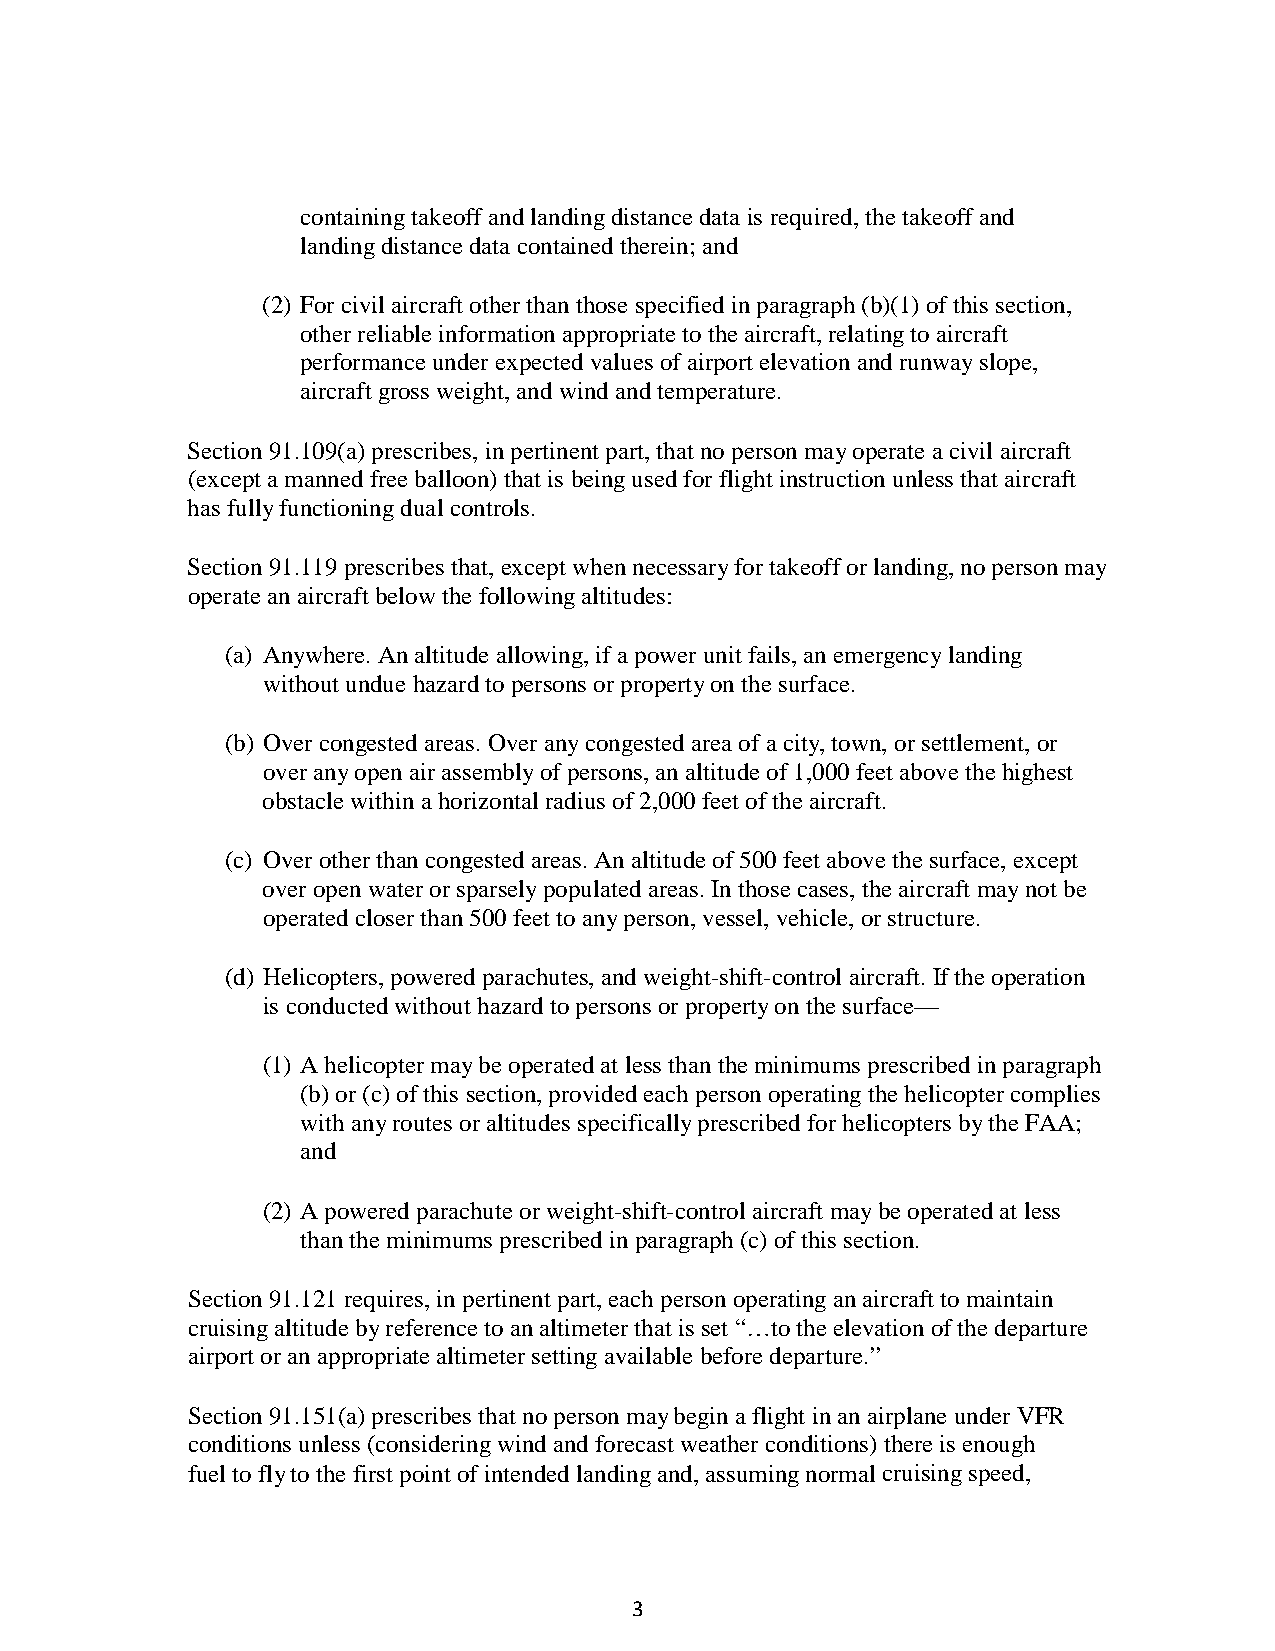
containing takeoff and landing distance data is required, the takeoff and
 landing distance data contained therein; and
 (2) For civil aircraft other than those specified in paragraph (b)(1) of this section,
 other reliable information appropriate to the aircraft, relating to aircraft
 performance under expected values of airport elevation and runway slope,
 aircraft gross weight, and wind and temperature.
 Section 91.109(a) prescribes, in pertinent part, that no person may operate a civil aircraft
 (except a manned free balloon) that is being used for flight instruction unless that aircraft
 has fully functioning dual controls.
 Section 91.119 prescribes that, except when necessary for takeoff or landing, no person may
 operate an aircraft below the following altitudes:
 (a) Anywhere. An altitude allowing, if a power unit fails, an emergency landing
 without undue hazard to persons or property on the surface.
 (b) Over congested areas. Over any congested area of a city, town, or settlement, or
 over any open air assembly of persons, an altitude of 1,000 feet above the highest
 obstacle within a horizontal radius of 2,000 feet of the aircraft.
 (c) Over other than congested areas. An altitude of 500 feet above the surface, except
 over open water or sparsely populated areas. In those cases, the aircraft may not be
 operated closer than 500 feet to any person, vessel, vehicle, or structure.
 (d) Helicopters, powered parachutes, and weight-shift-control aircraft. If the operation
 is conducted without hazard to persons or property on the surface—
 (1) A helicopter may be operated at less than the minimums prescribed in paragraph
 (b) or (c) of this section, provided each person operating the helicopter complies
 with any routes or altitudes specifically prescribed for helicopters by the FAA;
 and
 (2) A powered parachute or weight-shift-control aircraft may be operated at less
 than the minimums prescribed in paragraph (c) of this section.
 Section 91.121 requires, in pertinent part, each person operating an aircraft to maintain
 cruising altitude by reference to an altimeter that is set “…to the elevation of the departure
 airport or an appropriate altimeter setting available before departure.”
 Section 91.151(a) prescribes that no person may begin a flight in an airplane under VFR
 conditions unless (considering wind and forecast weather conditions) there is enough
 fuel to fly to the first point of intended landing and, assuming normal cruising speed,
 3